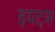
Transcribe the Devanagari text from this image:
इयट्स